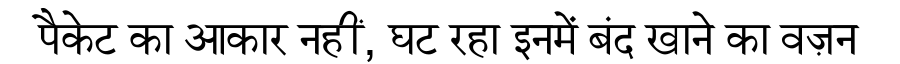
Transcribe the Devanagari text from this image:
पैकेट का आकार नहीं, घट रहा इनमें बंद खाने का वज़न